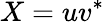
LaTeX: X=u{v}^{*}